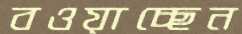
বওয়াচ্ছেন